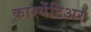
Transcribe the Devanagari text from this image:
कारपेंटिअर